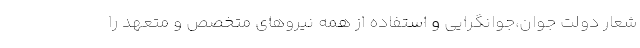
شعار دولت جوان،جوانگرایی و استفاده از همه نیروهای متخصص و متعهد را